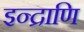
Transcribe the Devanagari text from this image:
इन्द्राणि